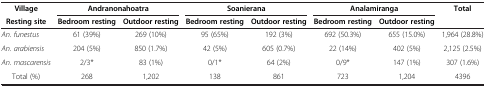
<table><thead><tr><td><b>Village</b></td><td colspan="2"><b>Andranonahoatra</b></td><td colspan="2"><b>Soanierana</b></td><td colspan="2"><b>Analamiranga</b></td><td rowspan="2"><b>Total</b></td></tr><tr><td><b>Resting site</b></td><td><b>Bedroom resting</b></td><td><b>Outdoor resting</b></td><td><b>Bedroom resting</b></td><td><b>Outdoor resting</b></td><td><b>Bedroom resting</b></td><td><b>Outdoor resting</b></td></tr></thead><tbody><tr><td><i>An. funestus</i></td><td>61 (39%)</td><td>269 (10%)</td><td>95 (65%)</td><td>192 (3%)</td><td>692 (50.3%)</td><td>655 (15.0%)</td><td>1,964 (28.8%)</td></tr><tr><td><i>An. arabiensis</i></td><td>204 (5%)</td><td>850 (1.7%)</td><td>42 (5%)</td><td>605 (0.7%)</td><td>22 (14%)</td><td>402 (5%)</td><td>2,125 (2.5%)</td></tr><tr><td><i>An. mascarensis</i></td><td>2/3*</td><td>83 (1%)</td><td>0/1*</td><td>64 (2%)</td><td>0/9*</td><td>147 (1%)</td><td>307 (1.6%)</td></tr><tr><td>Total (%)</td><td>268</td><td>1,202</td><td>138</td><td>861</td><td>723</td><td>1,204</td><td>4396</td></tr></tbody></table>